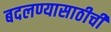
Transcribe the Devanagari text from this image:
बदलण्यासाठीची